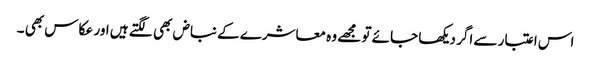
اس اعتبار سے اگر دیکھا جائے تو مجھے وہ معاشرے کے نباض بھی لگتے ہیں اور عکاس بھی ۔